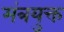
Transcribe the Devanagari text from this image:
मंत्रयुक्त